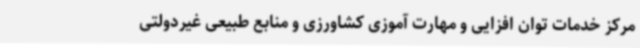
مرکز خدمات توان افزایی و مهارت آموزی کشاورزی و منابع طبیعی غیردولتی